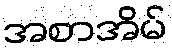
အစာအိမ်